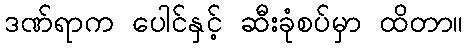
ဒဏ်ရာက ပေါင်နှင့် ဆီးခုံစပ်မှာ ထိတာ။